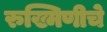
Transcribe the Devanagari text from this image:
रुख्मिणीचे